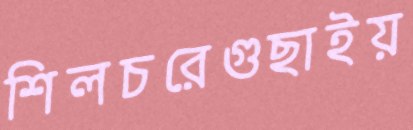
শিলচরেগুছাইয়